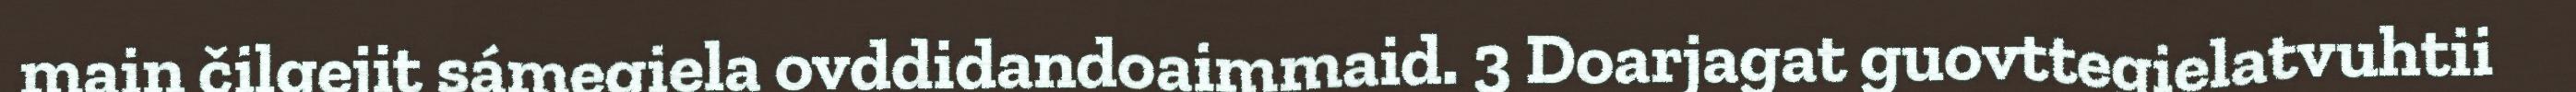
main čilgejit sámegiela ovddidandoaimmaid. 3 Doarjagat guovttegielatvuhtii